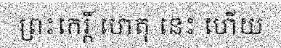
ព្រះកេរ្តិ៍ ហេតុ នេះ ហើយ